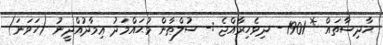
ޙާދިސާތައް * 1901 - ދިވެހިރާއްޖެ :- ސުލްޠާން މުޙައްމަދު ޢިމާދުއްދީނު (ހަވަނަ)